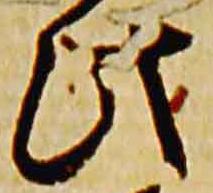
此